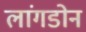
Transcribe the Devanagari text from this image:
लांगडोन